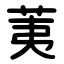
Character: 荑